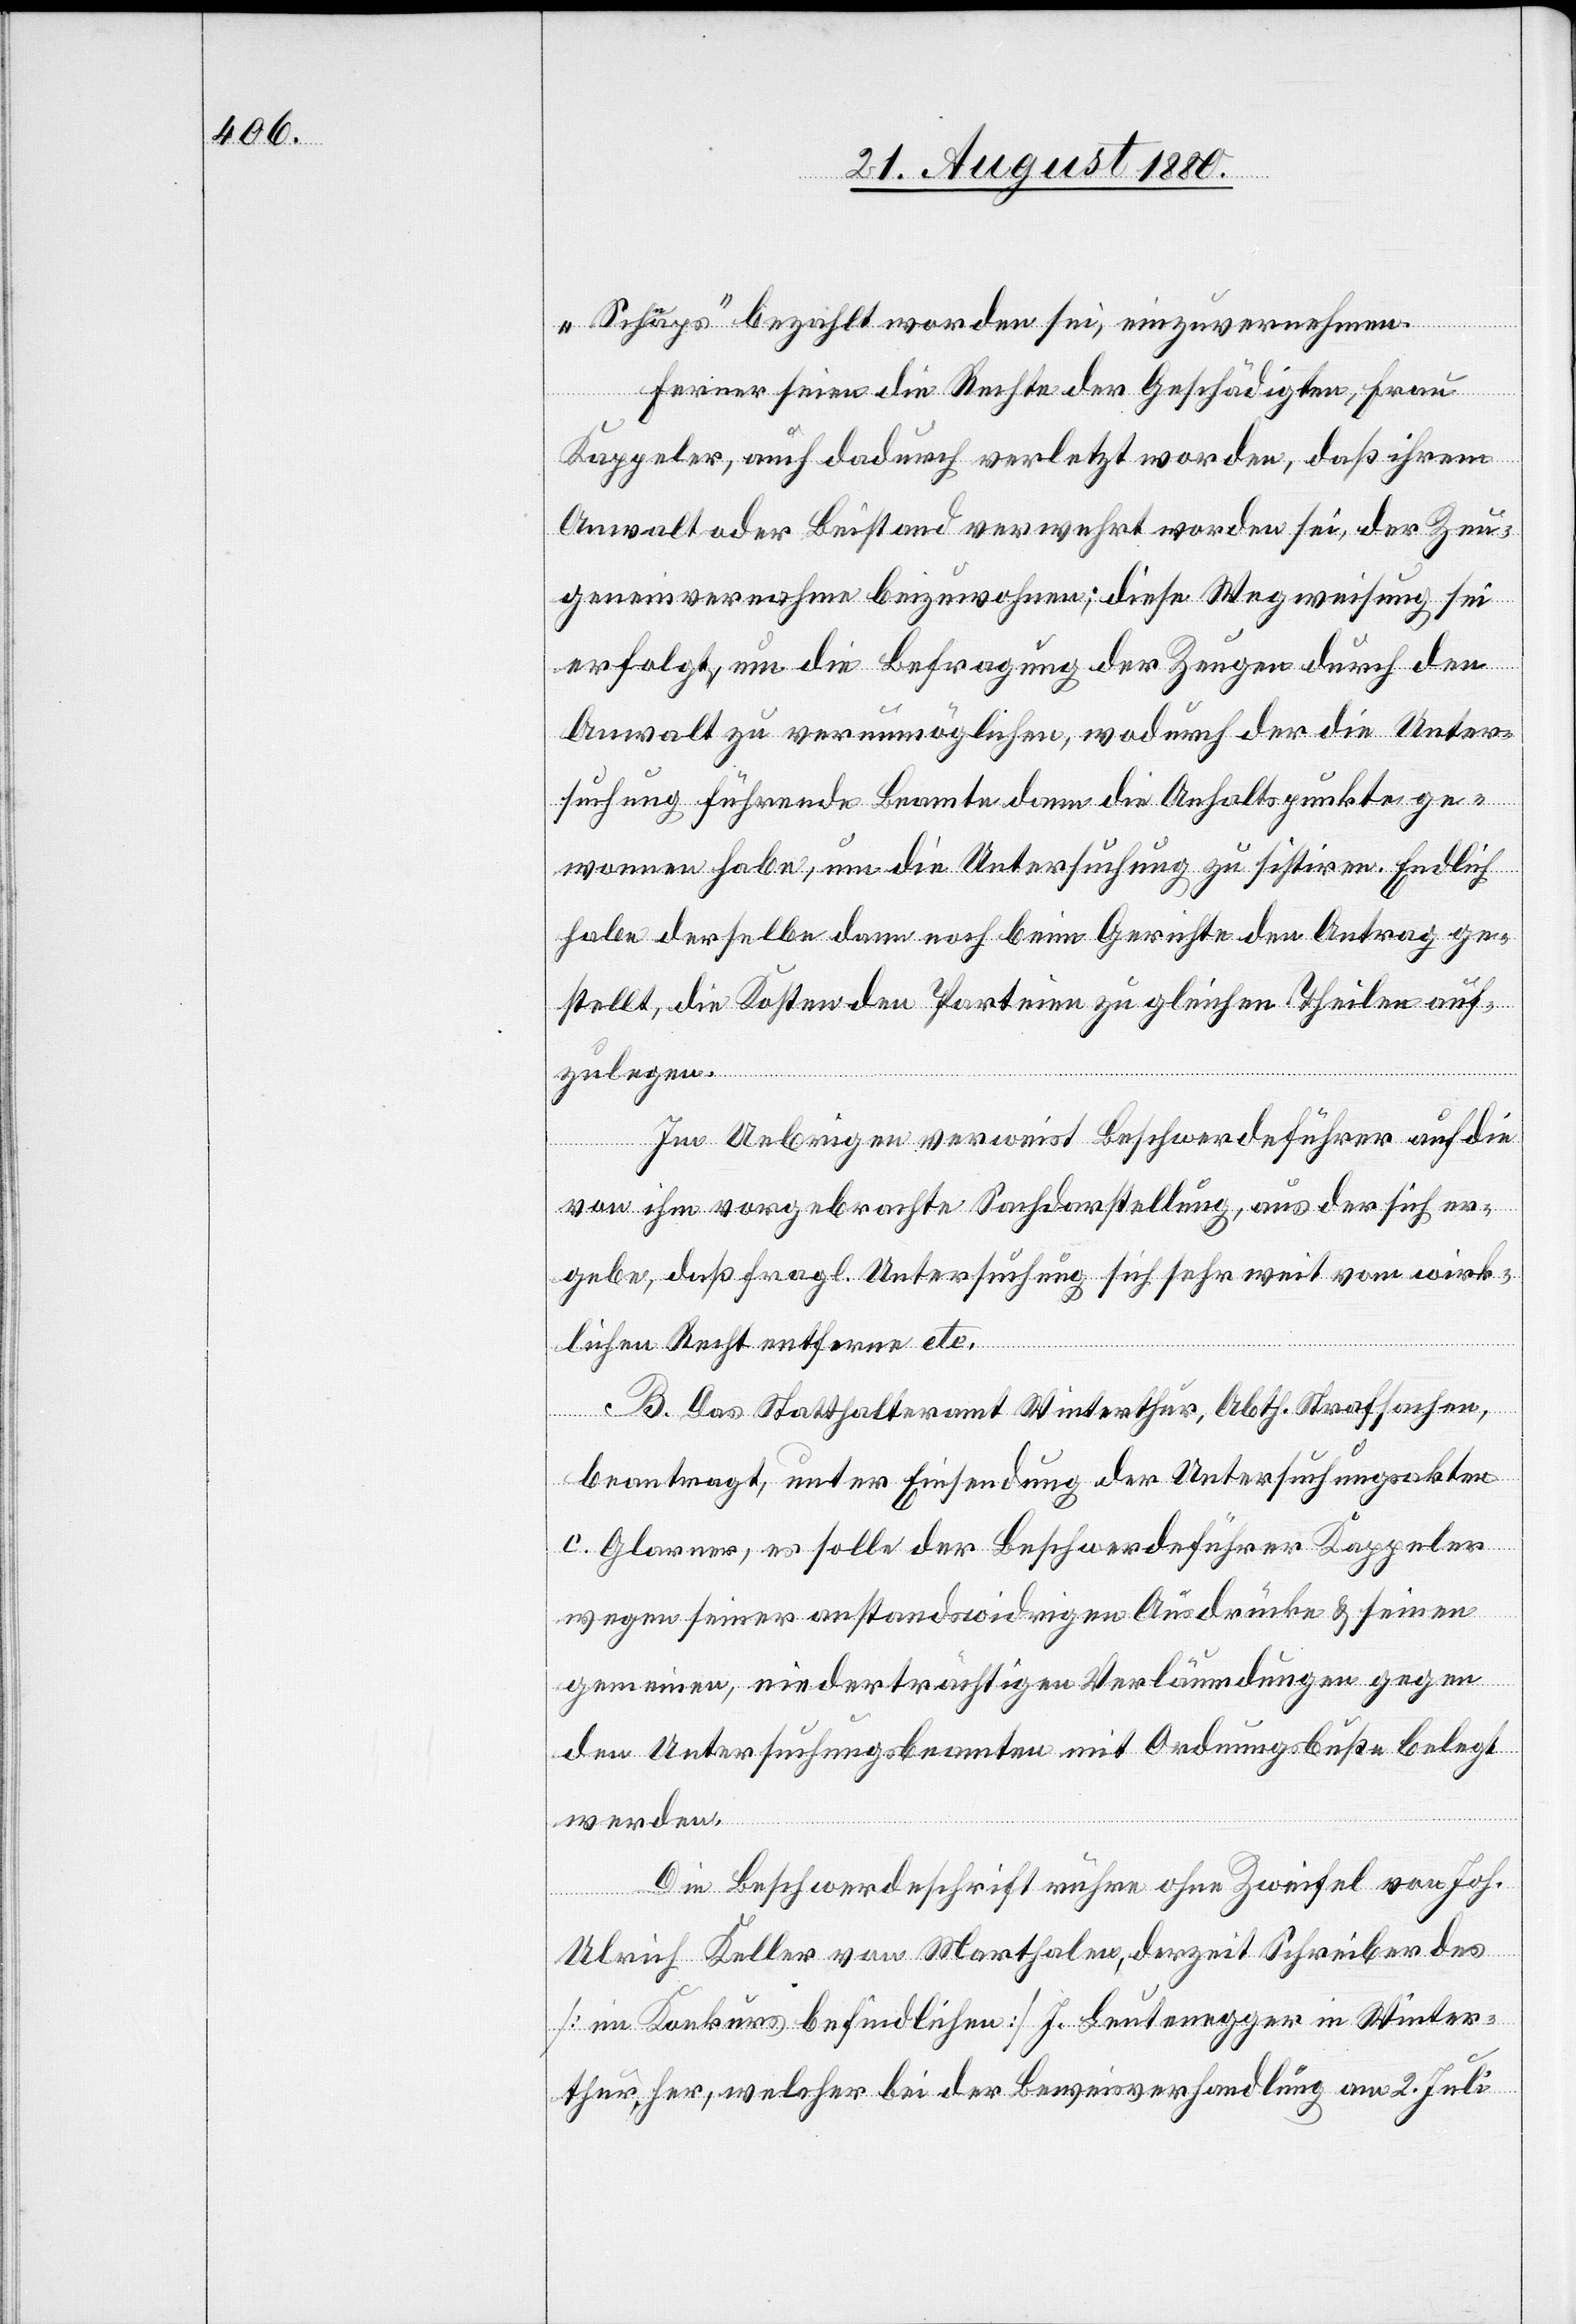
„Schnaps“ bezahlt worden sei, einzuvernehmen.
Ferner seien die Rechte der Geschädigten, Frau
Kappeler, auch dadurch verletzt worden, daß ihrem
Anwalt oder Beistand verwehrt worden sei, der Zeu¬
gnisvernahme beizuwohnen; diese Wegweisung sei
erfolgt, um die Befragung der Zeugen durch den
Anwalt zu verunmöglichen, wodurch der die Unter¬
suchung führende Beamte dann die Anhaltspunkte ge¬
wonnen habe, um die Untersuchung zu sistiren. Endlich
habe derselbe dann noch beim Gerichte den Antrag ge¬
stellt, die Kosten den Parteien zu gleichen Theilen auf¬
zulegen.
Im Uebrigen verweist Beschwerdeführer auf die
von ihm vorgebrachte Sachdarstellung, aus der sich er¬
gebe, daß fragl. Untersuchung sich sehr weit vom wirk¬
lichen Recht entferne etc.
B. Das Statthalteramt Winterthur, Abth. Strafsachen,
beantragt, unter Einsendung der Untersuchungsakten
c. Glauser, es solle der Beschwerdeführer Kappeler
wegen seiner anstandswidrigen Ausdrücke & seinen
gemeinen, niederträchtigen Verläumdungen gegen
den Untersuchungsbeamten mit Ordnungsbuße belegt
werden.
Die Beschwerdeschrift rühre ohne Zweifel von Joh.
Ulrich Keller von Marthalen, derzeit Schreiber des
[in Konkurs befindlichen] J. Leutenegger in Winter¬
thur, her, welcher bei der Beweisverhandlung am 2. Juli